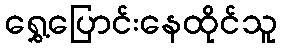
ရွှေ့ပြောင်းနေထိုင်သူ